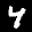
Label: 4